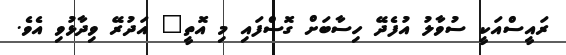
ރައީސްއަކީ ސުވާލު އުފެދޭ ހިސާބަށް ގޮސްފައި މި އޮތީ" އަދުރޭ ވިދާޅުވި އެވެ.